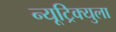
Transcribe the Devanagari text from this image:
न्यूट्रिक्युला